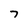
Character: 7